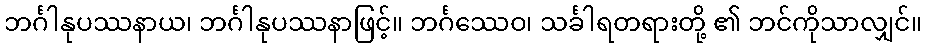
ဘင်္ဂါနုပဿနာယ၊ ဘင်္ဂါနုပဿနာဖြင့်။ ဘင်္ဂဿေဝ၊ သင်္ခါရတရားတို့ ၏ ဘင်ကိုသာလျှင်။